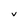
Character: V